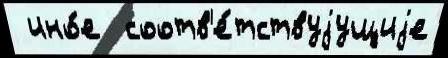
 ино́е  соотв'е́тствуjущиjе